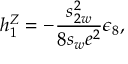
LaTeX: h _ { 1 } ^ { Z } = - \frac { s _ { 2 w } ^ { 2 } } { 8 s _ { w } e ^ { 2 } } \epsilon _ { 8 } ,